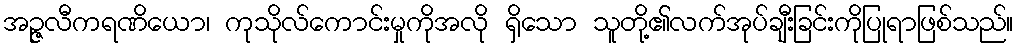
အဉ္ဇလီကရဏိယော၊ ကုသိုလ်ကောင်းမှုကိုအလို ရှိသော သူတို့၏လက်အုပ်ချီးခြင်းကိုပြုရာဖြစ်သည်။